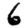
Digit: 6